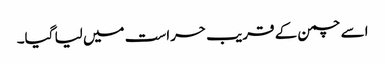
اسے چمن کے قریب حراست میں لیا گیا۔